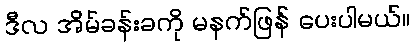
ဒီလ အိမ်ခန်းခကို မနက်ဖြန် ပေးပါမယ်။